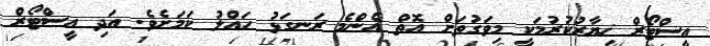
އީސްޓޯރް ޚިޔާރުކުރުމަކީ މިވަގުތަށް އޮތް އެންމެ ރަނގަޅު ހައްލު ކަމަށެވެ. އަދި އީސްޓޯރް